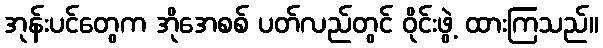
အုန်းပင်တွေက အိုအေစစ် ပတ်လည်တွင် ဝိုင်းဖွဲ့ ထားကြသည်။